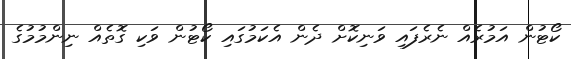
ކޯޓުން އަމުރެއް ނެރެފައި ވަނިކޮށް ދެން އެކަމުގައި ކޯޓުން ވަކި ގޮތެއް ނިންމުމުގެ